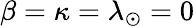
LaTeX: \beta=\kappa=\lambda_{\odot}=0